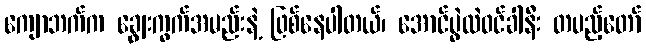
ကျောဘက်က ချွေးကွက်အမည်းနဲ့ ဖြစ်နေပါတယ်၊ အောင်ပွဲထဲဝင်ခါနီး တပည့်တော်